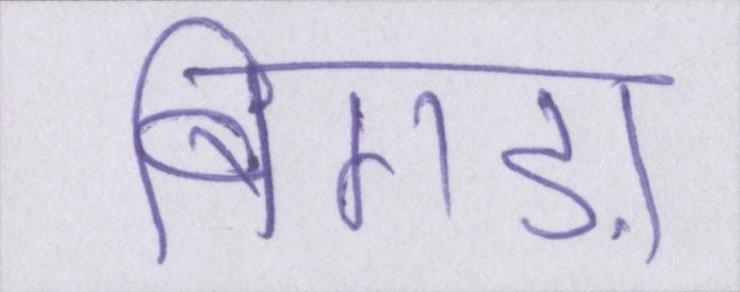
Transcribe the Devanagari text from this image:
बिगड़ा